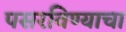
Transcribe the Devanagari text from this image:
पसरविण्याचा